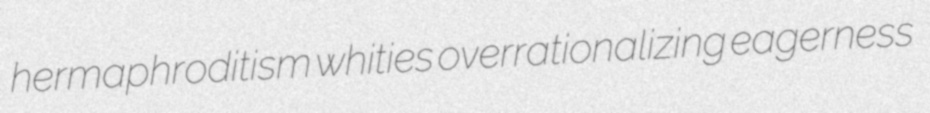
hermaphroditism whities overrationalizing eagerness